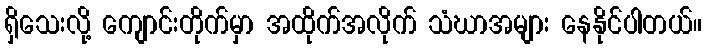
ရှိသေးလို့ ကျောင်းတိုက်မှာ အထိုက်အလိုက် သံဃာအများ နေနိုင်ပါတယ်။